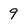
Character: 9